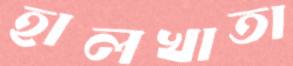
হালখাতা